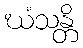
ဃံသန္တိ